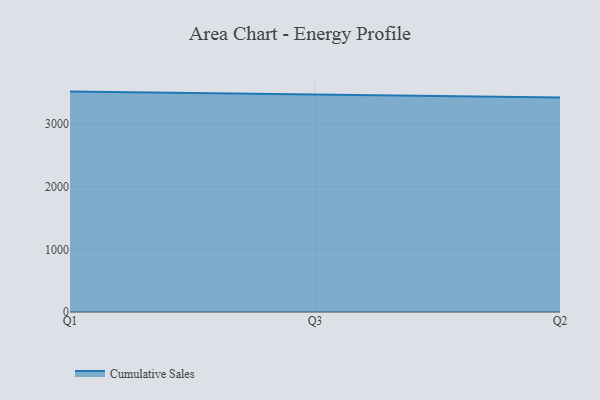
{"axis": {"x": "Quarter", "y": "Shipments"}, "legend": ["Cumulative Sales"], "data": [{"x": "Q1", "y": 3515.9, "type": "Cumulative Sales"}, {"x": "Q3", "y": 3469.2, "type": "Cumulative Sales"}, {"x": "Q2", "y": 3421.4, "type": "Cumulative Sales"}]}